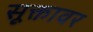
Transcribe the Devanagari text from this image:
सूक्तावर